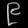
Digit: ၉